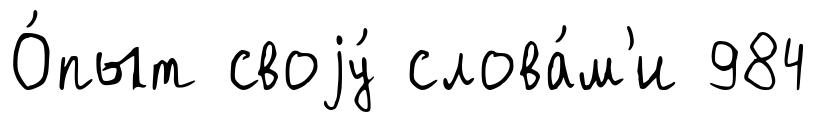
О́пыт своjу́ слова́м'и 984